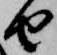
由